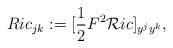
LaTeX: \begin{align*}{Ric_{jk} :=[\frac{1}{2} F^{2} \mathcal{R}ic]_{y^{j} y^{k}}},\end{align*}